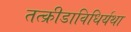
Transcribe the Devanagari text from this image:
तत्क्रीडाविधिर्यथा